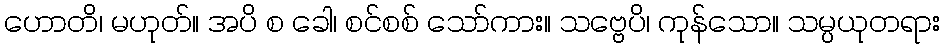
ဟောတိ၊ မဟုတ်။ အပိ စ ခေါ၊ စင်စစ် သော်ကား။ သဗ္ဗေပိ၊ ကုန်သော။ သမ္ပယုတရား